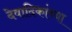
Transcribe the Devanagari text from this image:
देवादिकांच्या